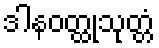
ဒါနဝတ္ထုသုတ္တံ